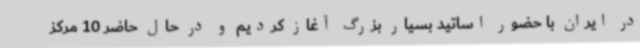
در ایران با حضور اساتید بسیار بزرگ آغاز کردیم و در حال حاضر 10 مرکز